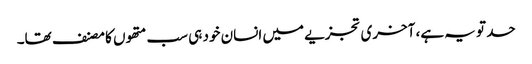
حد تو یہ ہے، آخری تجزیے میں انسان خود ہی سب متھوں کا مصنف تھا۔